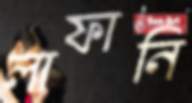
লাফানি